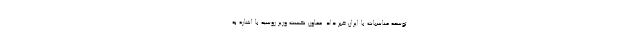
توسعه مناسبات با ایران خبر داد. معاون نخست وزیر روسیه با اشاره به